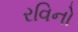
રવિનો